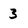
Character: 3